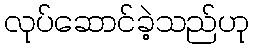
လုပ်ဆောင်ခဲ့သည်ဟု